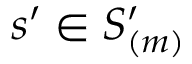
s ^ { \prime } \in S _ { ( m ) } ^ { \prime }